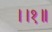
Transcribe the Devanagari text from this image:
।।१॥